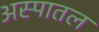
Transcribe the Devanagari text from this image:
अस्पातल